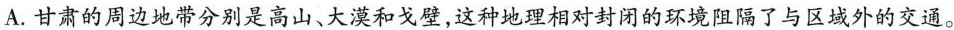
A.甘肃的周边地带分别是高山、大漠和戈壁，这种地理相对封闭的环境阻隔了与区域外的交通。